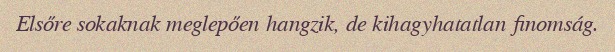
Elsőre sokaknak meglepően hangzik, de kihagyhatatlan finomság.